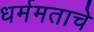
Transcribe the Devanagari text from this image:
धर्ममताचे